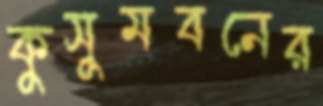
কুসুমবনের